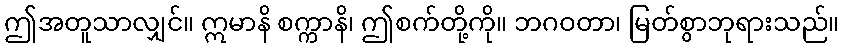
ဤအတူသာလျှင်။ ဣမာနိ စက္ကာနိ၊ ဤစက်တို့ကို။ ဘဂဝတာ၊ မြတ်စွာဘုရားသည်။